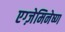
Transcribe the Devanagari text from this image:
एग्ज़ेमिनेष्ण